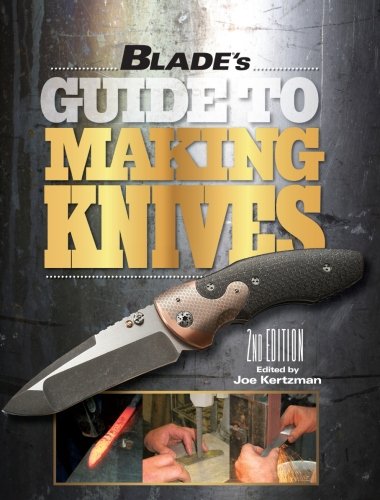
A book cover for BLADE's Guide to Making Knives; Crafts, Hobbies & Home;